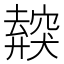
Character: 𥨜